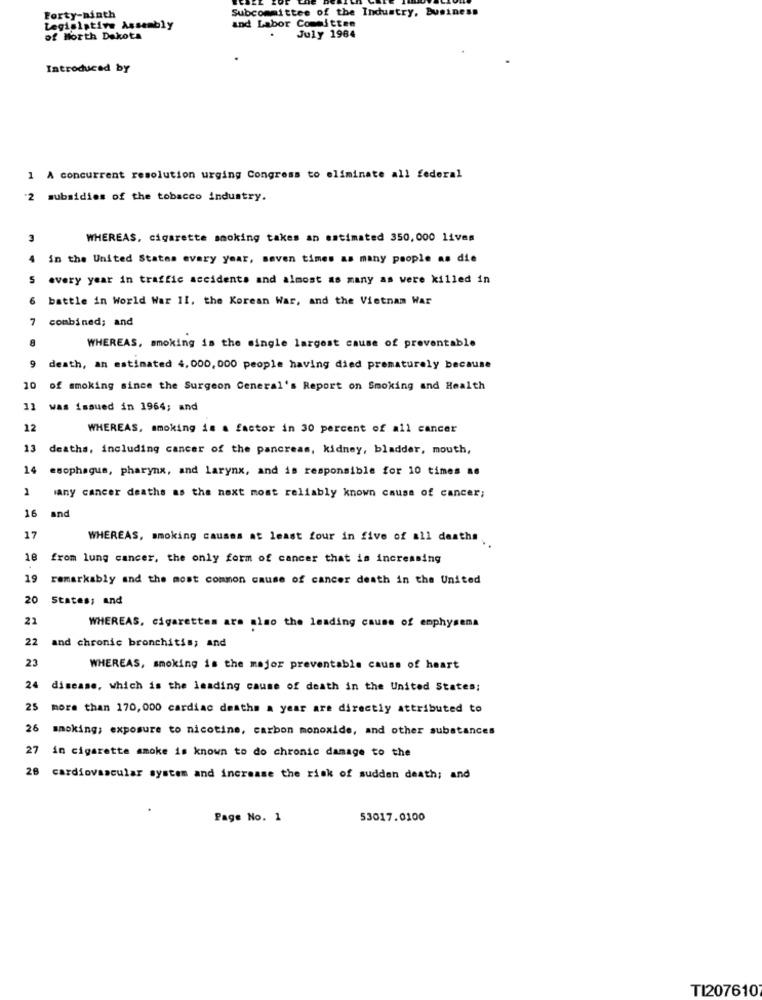
Subcommittee of the Industry, Business
Forty-ninth
Legislative Assembly
and Labor Committee
of North Dakota
July 1964
Introduced by
1 A concurrent resolution urging Congress to eliminate all federal
2 subsidies of the tobacco industry.
3
WHEREAS, cigarette smoking takes an estimated 350,000 lives
4
in the United States every year, seven times as many people as die
5 every year in traffic accidents and almost as many as were killed in
6
battle in World War II, the Korean War, and the Vietnam War
7 combined; and
8
WHEREAS, smoking is the single largest cause of preventable
9
death, an estimated 4,000, 000 people having died prematurely because
10
of smoking since the Surgeon General's Report on Smoking and Health
11
was issued in 1964; and
12
WHEREAS, smoking is a factor in 30 percent of all cancer
13
deaths, including cancer of the pancreas, kidney, bladder, mouth,
14
esophagus, pharynx, and larynx, and is responsible for 10 times as
1
lany cancer deaths as the next most reliably known cause of cancer;
16
and
17
WHEREAS, smoking causes at least four in five of all deaths.
18
from lung cancer, the only form of cancer that is increasing
19
remarkably and the most common cause of cancer death in the United
20
States; and
21
WHEREAS, cigarettes are also the leading cause of emphysema
22
and chronic bronchitis; and
23
WHEREAS, smoking is the major preventable cause of heart
24
disease, which is the leading cause of death in the United States:
25
more than 170, 000 cardiac deatha a year are directly attributed to
26
smoking; exposure to nicotine, carbon monoxide, and other substances
27
in cigarette smoke is known to do chronic damage to the
28
cardiovascular system and increase the risk of sudden death; and
Page No. 1
53017.0100
TI207610